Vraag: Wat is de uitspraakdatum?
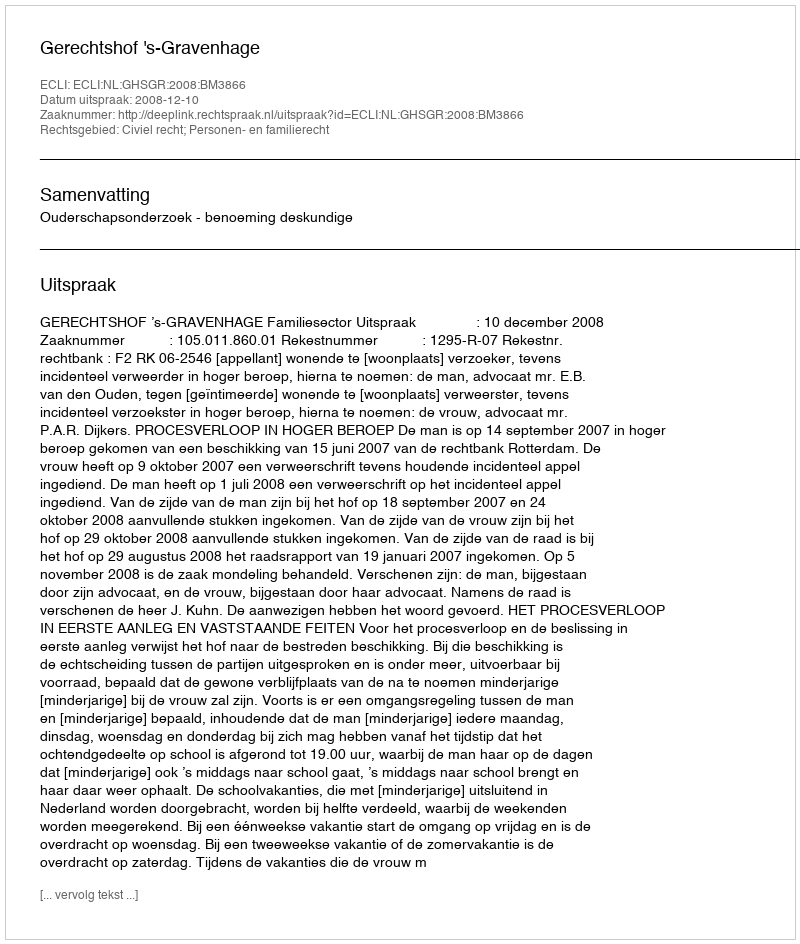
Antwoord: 2008-12-10